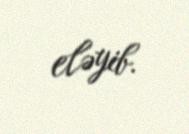
eləyib.